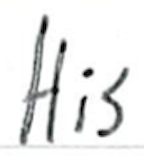
Text: His
Cross-out: clean
Writing tool: ballpoint